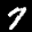
Label: 7